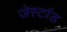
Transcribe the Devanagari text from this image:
जेर्स्टाड